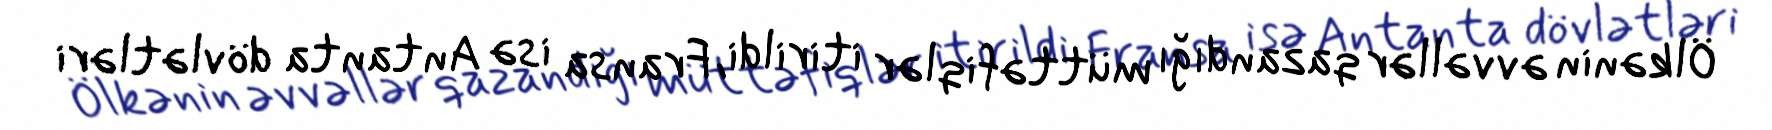
Ölkənin əvvəllər qazandığı müttəfiqlər itirildi, Fransa isə Antanta dövlətləri